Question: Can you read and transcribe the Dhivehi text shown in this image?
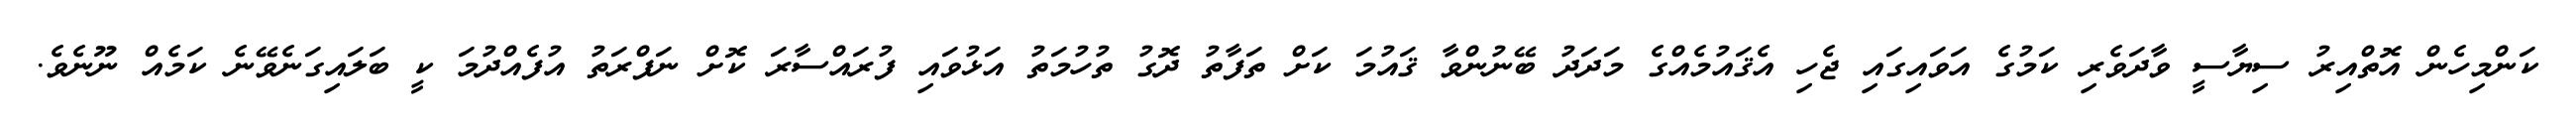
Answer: ކަންމިހެން އޮތްއިރު ސިޔާސީ ވާދަވެރި ކަމުގެ އަވައިގައި ޖެހި އެޤައުމެއްގެ މަދަދު ބޭނުންވާ ޤައުމަ ކަށް ތަފާތު ދޮގު ތުހުމަތު އަޅުވައި ފުރައްސާރަ ކޮށް ނަފްރަތު އުފެއްދުމަ ކީ ބަލައިގަނެވޭނެ ކަމެއް ނޫނެވެ.